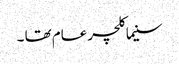
سنیما کلچر عام تھا ۔